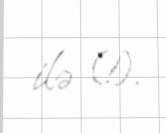
ilə (!).